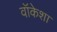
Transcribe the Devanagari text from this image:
वॉकेशा